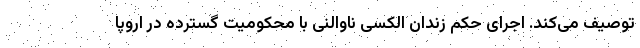
توصیف می‌کند. اجرای حکم زندان الکسی ناوالنی با محکومیت گسترده در اروپا